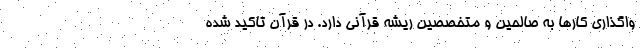
واگذاری کارها به صالحین و متخصصین ریشه قرآنی دارد. در قرآن تاکید شده